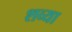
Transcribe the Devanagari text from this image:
शव्या